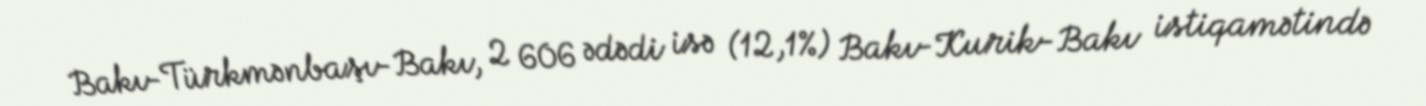
Bakı-Türkmənbaşı-Bakı, 2 606 ədədi isə (12,1%) Bakı-Kurik-Bakı istiqamətində